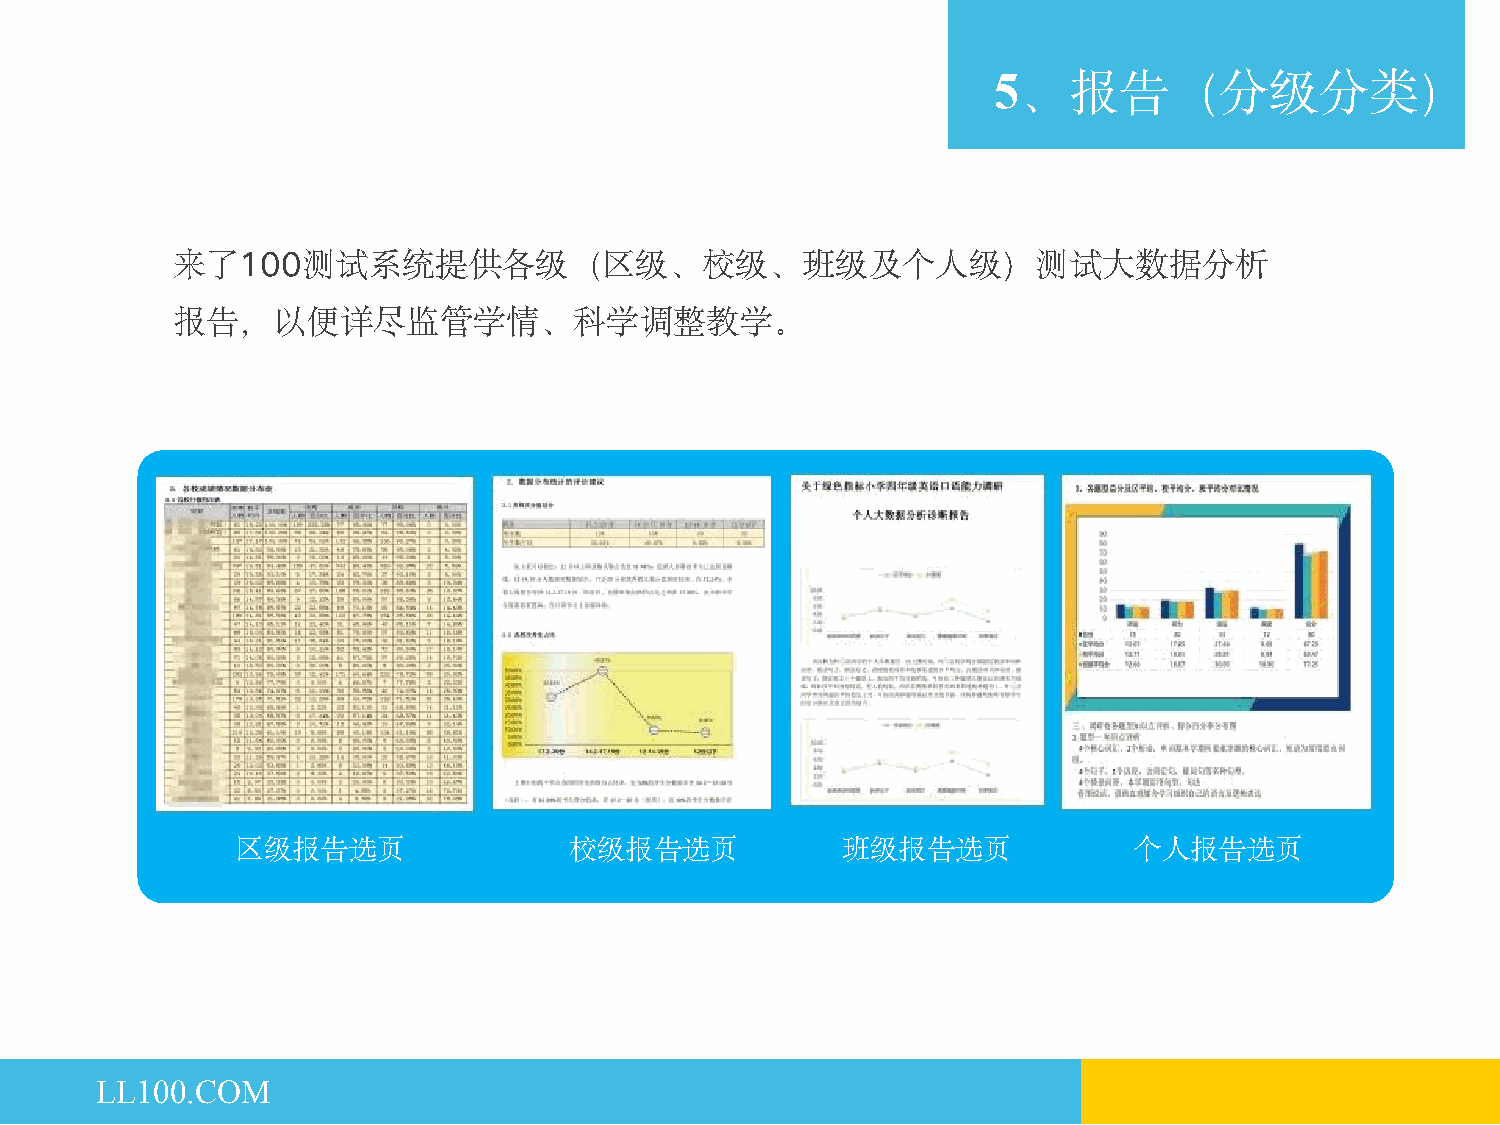
5、报告（分级分类）
 来了100测试系统提供各级（区级、校级、班级及个人级）测试大数据分析
 报告，以便详尽监管学情、科学调整教学。
 区级报告选页                校级报告选页            班级报告选页             个人报告选页
 LL100.COM